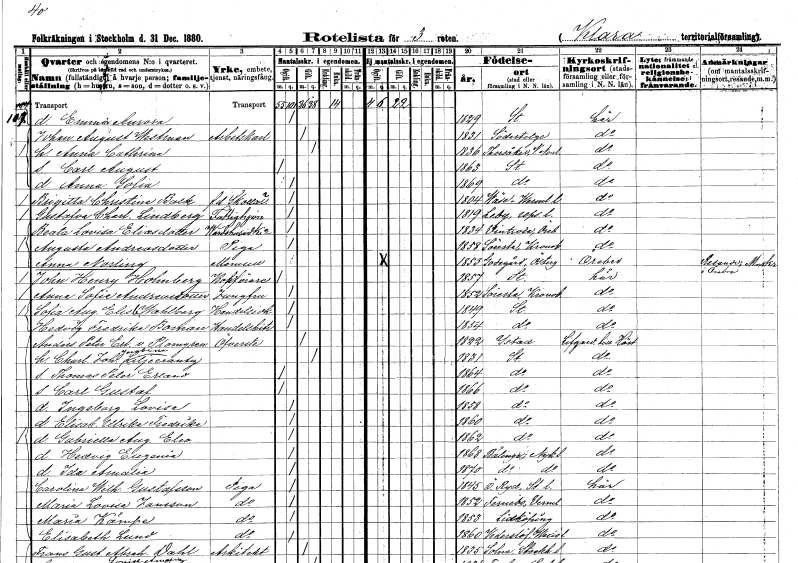
gt_parse: households: individuals: FN: Emma Aurora
KON: K
CIV: O
FODAR: 1829
FODFORS: Stockholm
FN: Johan August
EN: Westman
YRKE: Arbetskarl
KON: M
CIV: G
FODAR: 1831
FODFORS: Södertälje Stockholms län
FN: Anna Cathrina
KON: K
CIV: G
FODAR: 1836
FODFORS: Torsåker Västernorrlands län
FN: Carl August
KON: M
CIV: O
FODAR: 1863
FODFORS: Stockholm
FN: Anna Sofia
KON: K
CIV: O
FODAR: 1869
FODFORS: Stockholm
FN: Brigitta Christina
EN: Balk
YRKE: Skollärarinna f.d.
KON: K
CIV: O
FODAR: 1804
FODFORS: Väse Värmlands län
FN: Gustafva Charlotta
EN: Lindberg
YRKE: Fattighjon
KON: K
CIV: O
FODAR: 1819
FODFORS: Läby Uppsala län
FN: Beata Lovisa
EN: Eliasdotter
YRKE: Värdshusidkare
KON: K
CIV: O
FODAR: 1834
FODFORS: Vintrosa Örebro län
FN: Augusta
EN: Andreasdotter
YRKE: Piga
KON: K
CIV: O
FODAR: 1858
FODFORS: Särestad Skaraborgs län
FN: Anna
EN: Norling
KON: K
CIV: O
FODAR: 1853
FODFORS: Godegård Östergötlands län
FN: John Henry
EN: Holmberg
YRKE: Bokförare
KON: M
CIV: O
FODAR: 1857
FODFORS: Stockholm
FN: Anna Sofia
EN: Andreasdotter
YRKE: Jungfru
KON: K
CIV: O
FODAR: 1852
FODFORS: Särestad Skaraborgs län
FN: Sofia Augusta Elisabet
EN: Wahlberg
YRKE: Handelsidkare
KON: K
CIV: O
FODAR: 1849
FODFORS: Stockholm
FN: Hedvig Fredrika
EN: Boman
YRKE: Handelsbiträde
KON: K
CIV: O
FODAR: 1854
FODFORS: Stockholm
FN: Anders Peter Erland
EN: v. Plomgren
YRKE: Överste
KON: M
CIV: G
FODAR: 1822
FODFORS: Ystad Malmöhus län
FN: Charlotta Johanna Jacobina
EN: Liljecrantz
KON: K
CIV: G
FODAR: 1831
FODFORS: Stockholm
FN: Thomas Peter Erland
KON: M
CIV: O
FODAR: 1864
FODFORS: Stockholm
FN: Carl Gustaf
KON: M
CIV: O
FODAR: 1866
FODFORS: Stockholm
FN: Ingeborg Lovisa
KON: K
CIV: O
FODAR: 1858
FODFORS: Stockholm
FN: Elisabet Ulrika Fredrika
KON: K
CIV: O
FODAR: 1860
FODFORS: Stockholm
FN: Gabriella Augusta Eleonora
KON: K
CIV: O
FODAR: 1862
FODFORS: Stockholm
FN: Hedvig Eugenia
KON: K
CIV: O
FODAR: 1868
FODFORS: Bälinge Södermanlands län
FN: Ida Amalia
KON: K
CIV: O
FODAR: 1870
FODFORS: Bälinge Södermanlands län
FN: Carolina Wilhelmina
EN: Gustafsson
YRKE: Piga
KON: K
CIV: O
FODAR: 1845
FODFORS: Östra Ryd Stockholms län
FN: Maria Lovisa
EN: Jansson
YRKE: Piga
KON: K
CIV: O
FODAR: 1852
FODFORS: Färnebo Värmlands län
FN: Maria
EN: Kämpe
YRKE: Piga
KON: K
CIV: O
FODAR: 1853
FODFORS: Lidköping Skaraborgs län
FN: Elisabeth
EN: Lund
YRKE: Piga
KON: K
CIV: O
FODAR: 1860
FODFORS: Vederslöv Kronobergs län
FN: Frans Gustaf Abraham
EN: Dahl
YRKE: Arkitekt
KON: M
CIV: G
FODAR: 1835
FODFORS: Solna Stockholms län